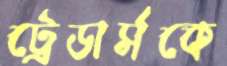
ট্রেডার্সকে